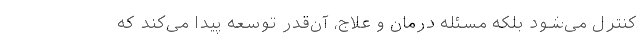
کنترل می‌شود بلکه مسئله درمان و علاج، آن‌قدر توسعه پیدا می‌کند که